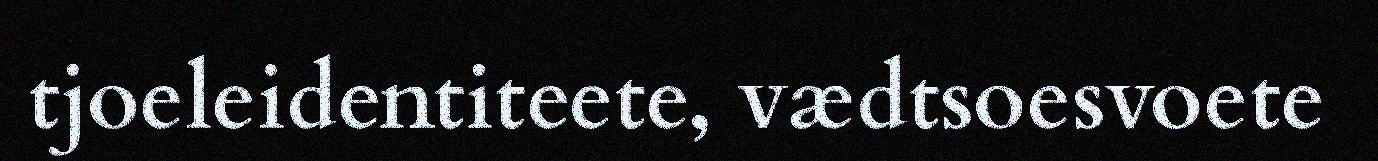
tjoeleidentiteete, vædtsoesvoete